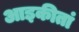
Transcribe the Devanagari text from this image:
आइकीतां